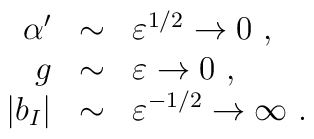
\begin{array}{rcl}\alpha' &\sim& \varepsilon^{1/2} \to 0~,  \\g &\sim& \varepsilon \to 0~, \\|b_{I}| &\sim& \varepsilon^{-1/2} \to \infty~.\end{array}